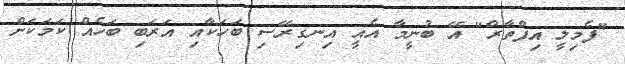
"ފެމިލީ އިފްތާރް" އޭ ބުނީމާ އެއީ އިނގިރޭސި ބަހަކާއި އަރަބި ބަހެއް ކަމަކަށް